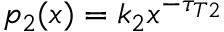
p _ { 2 } ( x ) = k _ { 2 } x ^ { - \tau _ { T 2 } }